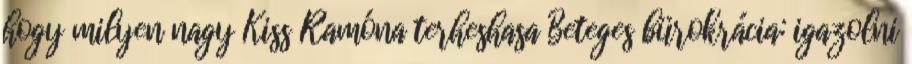
hogy milyen nagy Kiss Ramóna terheshasa Beteges bürokrácia: igazolni